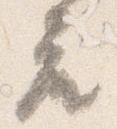
座